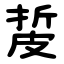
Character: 㿱